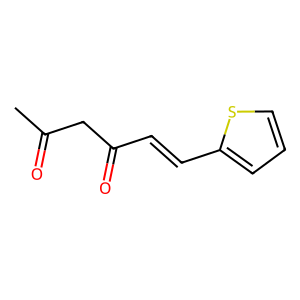
SMILES: CC(=O)CC(=O)C=Cc1cccs1
Inhibits HIV replication: No